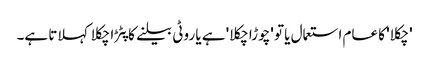
'چکلا' کا عام استعمال یا تو 'چوڑا چکلا' ہے یا روٹی بیلنے کا پٹڑا چکلا کہلاتا ہے۔